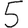
Digit: 5